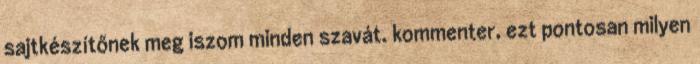
sajtkészítőnek meg iszom minden szavát. kommenter, ezt pontosan milyen